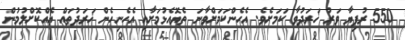
550 ރުފިޔާ ވަރު ޚަރަދުވާ ކަމަށެވެ. އެހެންކަމަށްވާނަ ތެޔޮއެޅުމަށާއި އެހެނިހެން ޚަރަދުތައް އެއްކޮށްލުމުން